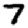
Digit: 7